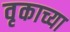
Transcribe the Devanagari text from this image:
वृकाच्या